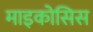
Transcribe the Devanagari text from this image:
माइकोसिस